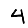
Digit: 4